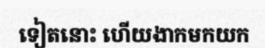
ទៀតនោះ ហើយងាកមកយក